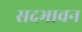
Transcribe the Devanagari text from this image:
सदभावन